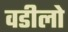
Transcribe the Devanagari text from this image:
वडीलो